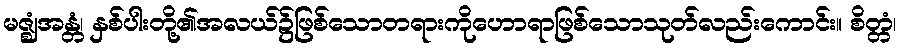
မဇ္ဈံအန္တံ၊ နှစ်ပါးတို့၏အလယ်၌ဖြစ်သောတရားကိုဟောရာဖြစ်သောသုတ်လည်းကောင်း။ စိတ္တံ၊